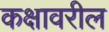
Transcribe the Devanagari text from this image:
कक्षावरील